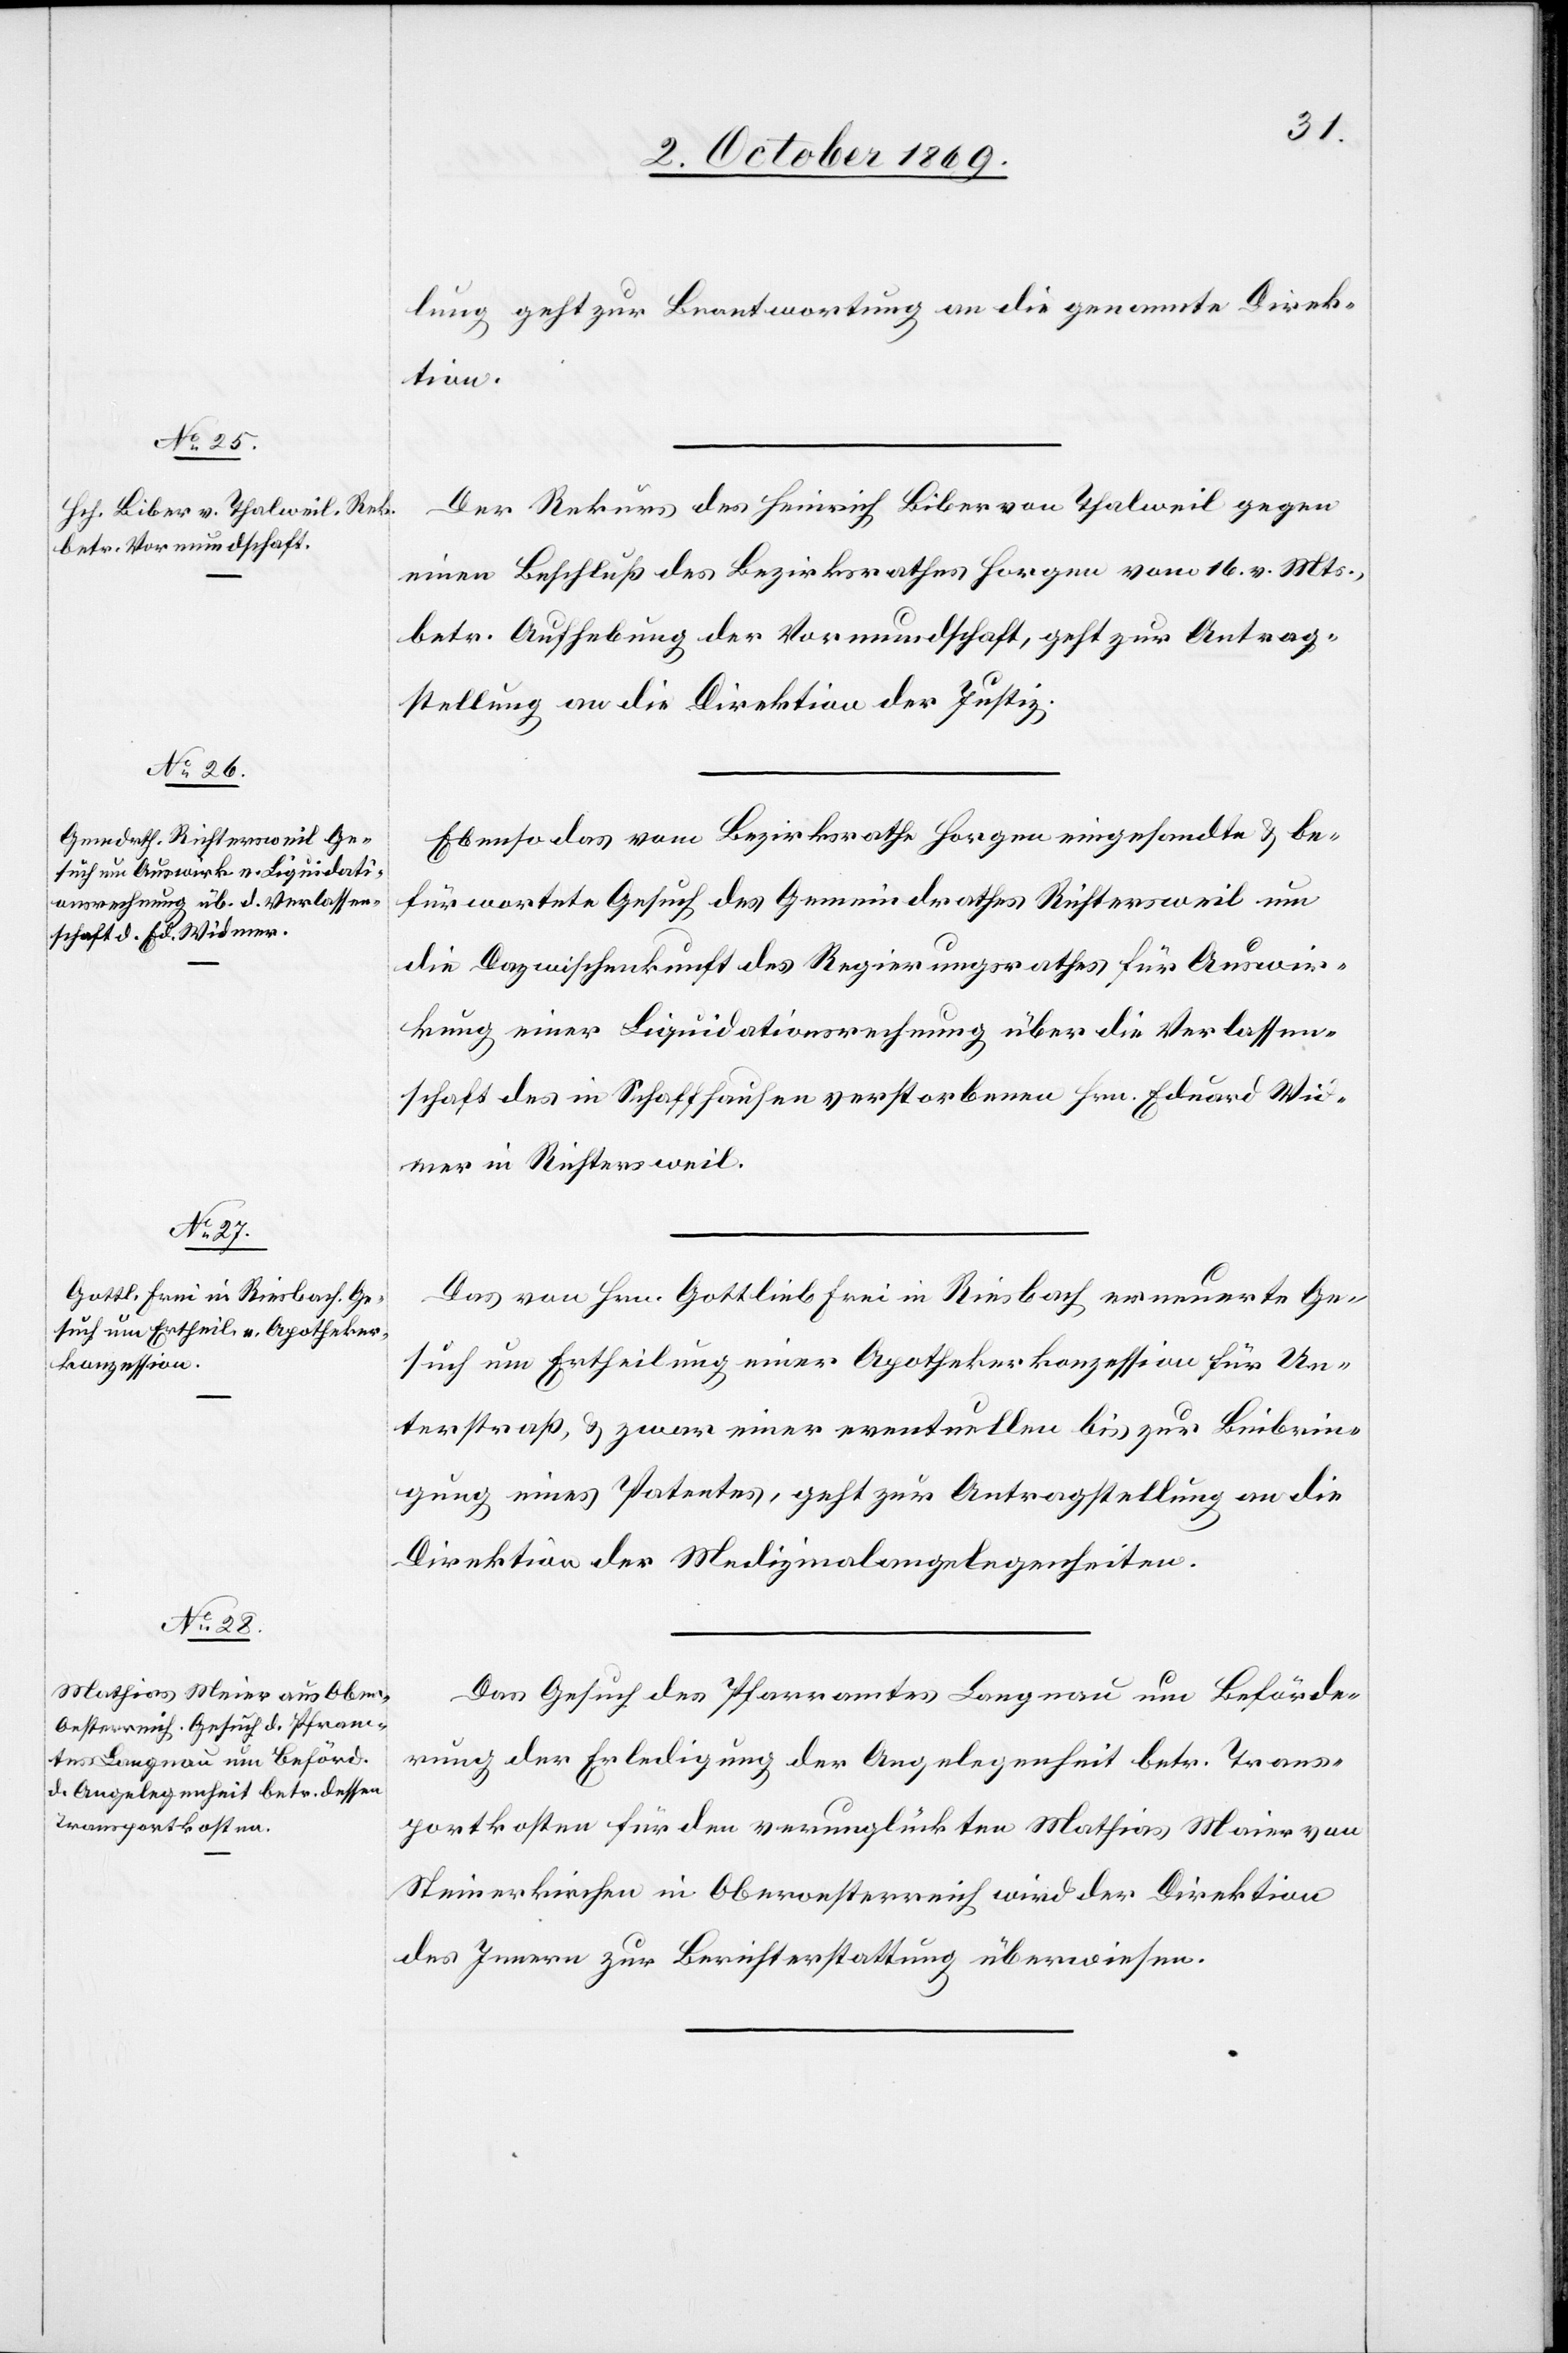
3. October 1869.]
lung geht zur Beantwortung an die genannte Direk¬
tion.
Der Rekurs des Heinrich Biber von Thalweil gegen
einen Beschluß des Bezirksrathes Horgen vom 16. v. Mts.,
betr. Aufhebung der Vormundschaft, geht zur Antrag¬
stellung an die Direktion der Justiz.
Ebenso das vom Bezirksrathe Horgen eingesandte & be¬
fürwortete Gesuch des Gemeindrathes Richtersweil um
die Dazwischenkunft des Regierungsrathes für Auswir¬
kung einer Liquidationsrechnung über die Verlassen¬
schaft des in Schaffhausen verstorbenen Hrn. Eduard Wid¬
mer in Richtersweil.
Das von Hrn. Gottlieb Frei in Riesbach erneuerte Ge¬
such um Ertheilung einer Apothekerkonzession für Un¬
terstraß, & zwar einer eventuellen bis zur Beibrin¬
gung eines Patentes, geht zur Antragstellung an die
Direktion der Medizinalangelegenheiten.
Das Gesuch des Pfarramtes Langnau um Beförde¬
rung der Erledigung der Angelegenheit betr. Trans¬
portkosten für den verunglückten Mathias Maier
Steinerkirchen in Oberoesterreich wird der Direktion
des Innern zur Berichterstattung überwiesen.